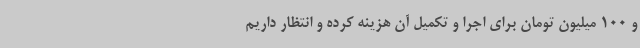
و 100 میلیون تومان برای اجرا و تکمیل آن هزینه کرده و انتظار داریم